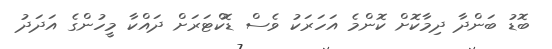
ބޮޑު ބަންދާ ދިމާކޮށް ކޮންމެ އަހަރަކު ވެސް ޑޮކްޓަރަށް ދައްކާ މީހުންގެ އަދަދު